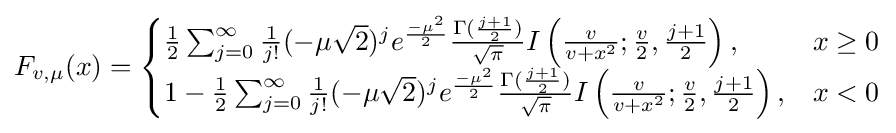
F_{v,\mu }(x)={\begin{cases}{\frac {1}{2}}\sum _{j=0}^{\infty }{\frac {1}{j!}}(-\mu {\sqrt {2}})^{j}e^{\frac {-\mu ^{2}}{2}}{\frac {\Gamma ({\frac {j+1}{2}})}{\sqrt {\pi }}}I\left({\frac {v}{v+x^{2}}};{\frac {v}{2}},{\frac {j+1}{2}}\right),&x\geq 0\\1-{\frac {1}{2}}\sum _{j=0}^{\infty }{\frac {1}{j!}}(-\mu {\sqrt {2}})^{j}e^{\frac {-\mu ^{2}}{2}}{\frac {\Gamma ({\frac {j+1}{2}})}{\sqrt {\pi }}}I\left({\frac {v}{v+x^{2}}};{\frac {v}{2}},{\frac {j+1}{2}}\right),&x<0\end{cases}}